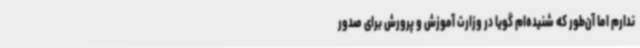
ندارم اما آن‌طور که شنیده‌ام گویا در وزارت آموزش و پرورش برای صدور